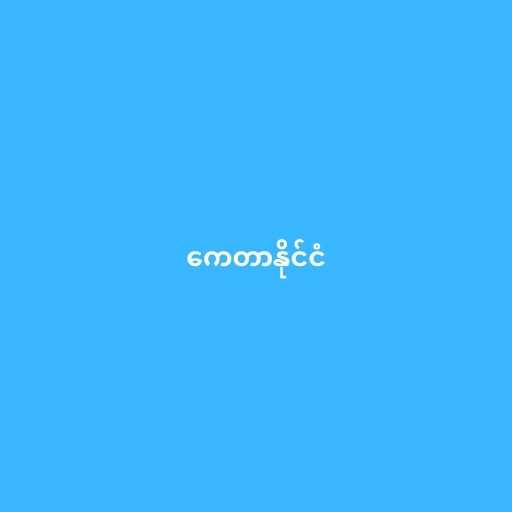
ကေတာနိုင်ငံ